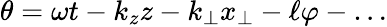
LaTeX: \theta=\omega t-k_{z}z-k_{\perp}x_{\perp}-\ell\varphi-\ldots